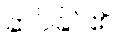
ဆင်ခြင်၏။